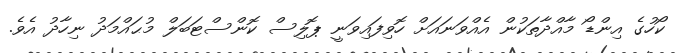
ކޯހުގެ އިންޑޯ މާއްދާތަކުން އެއްވަނައަށް ހޮވިފައިވަނީ ޕޮލިސް ކޮންސްޓަބަލް މުޙައްމަދު ނިހާދު އެވެ.